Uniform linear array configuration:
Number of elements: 64
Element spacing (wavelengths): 1
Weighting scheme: cosine
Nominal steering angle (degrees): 60
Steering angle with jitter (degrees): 59.128
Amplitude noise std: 0.05
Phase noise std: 0.05

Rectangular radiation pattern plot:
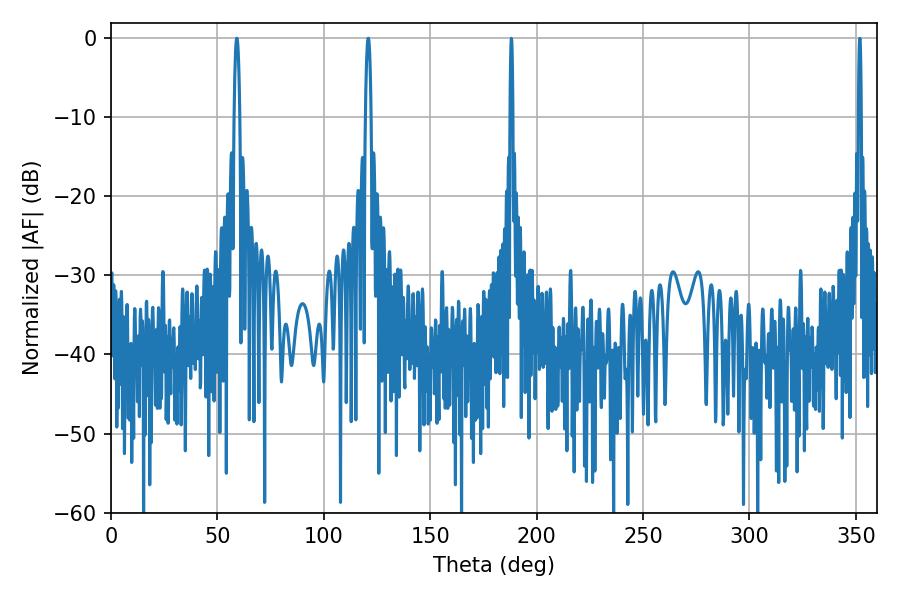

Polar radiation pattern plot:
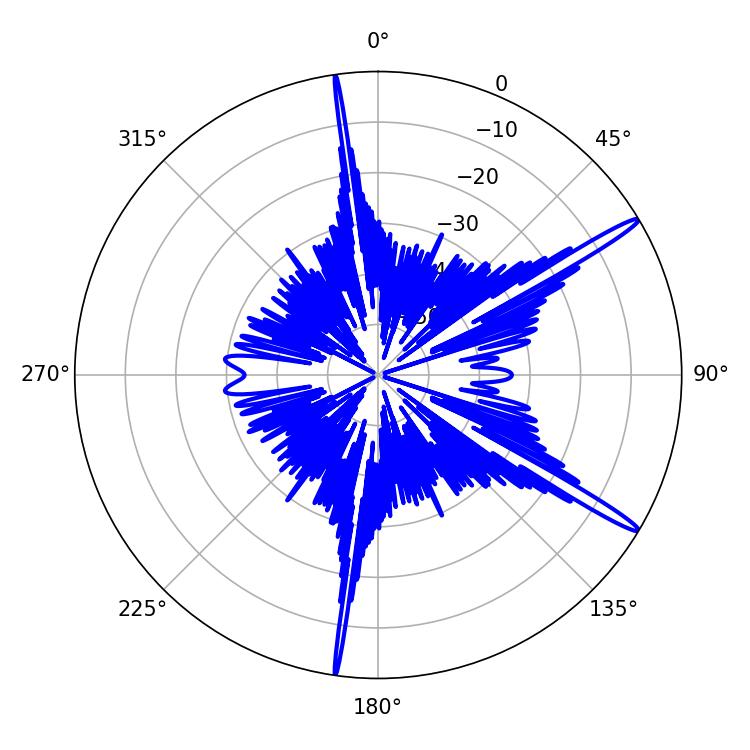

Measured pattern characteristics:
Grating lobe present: TRUE
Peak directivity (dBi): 16.193
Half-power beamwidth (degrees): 1.44
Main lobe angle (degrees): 59.04